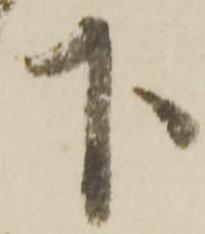
下